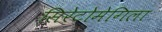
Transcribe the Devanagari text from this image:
सिरेटोमेगिला